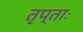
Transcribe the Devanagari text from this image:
तृप्ताः